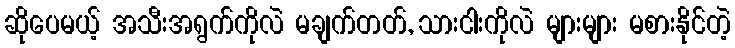
ဆိုပေမယ့် အသီးအရွက်ကိုလဲ မချက်တတ်, သားငါးကိုလဲ များများ မစားနိုင်တဲ့